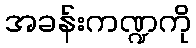
အခန်းကဏ္ဍကို